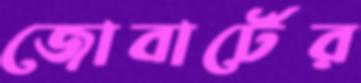
জোবার্টের